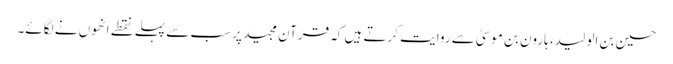
حسین بن الولید، ہارون بن موسیٰ سے روایت کرتے ہیں کہ قرآن مجید پر سب سے پہلے نقطے انھوں نے لگائے۔